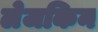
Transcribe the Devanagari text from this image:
लेजकिन